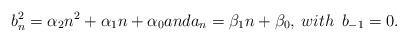
LaTeX: \begin{align*}b^2_n=\alpha_2 n^2+\alpha_1 n+\alpha_0 anda_n=\beta_1 n+\beta_0, \: with\:\:b_{-1}=0.\end{align*}